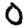
Digit: 0